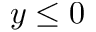
y \leq 0